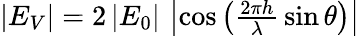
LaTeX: \textstyle{\left|E_{V}\right|=2\left|E_{0}\right|\, \left|\cos\left({\frac{2\pi h}{\lambda}}\sin\theta\right)\right|}